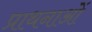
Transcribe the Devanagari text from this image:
प्राथनाओं